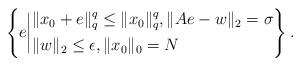
LaTeX: \begin{align*}\left\{e\biggl|\begin{aligned}&\|x_0+e\|_{q}^{q}\leq\|x_0\|_{q}^{q},\|{A}e-w\|_2=\sigma\\&\|w\|_2\leq\epsilon,\|x_0\|_0=N\end{aligned}\right\}.\end{align*}